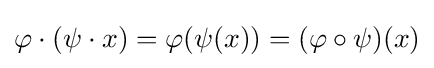
\varphi \cdot (\psi \cdot x)=\varphi (\psi (x))=(\varphi \circ \psi )(x)